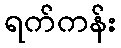
ရက်ကန်း